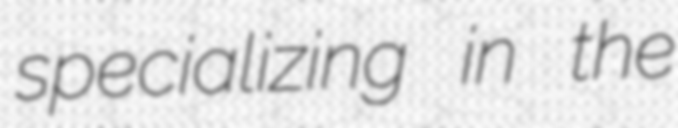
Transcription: specializing in the